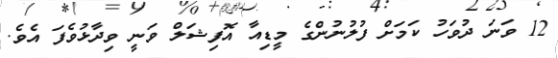
12 ވަނަ ދުވަހު ކަަމަށް ފުލުނުންގެ މީޑިއާ އޮފިޝަލް ވަނީ ވިދާޅުވެފަ އެވެ.